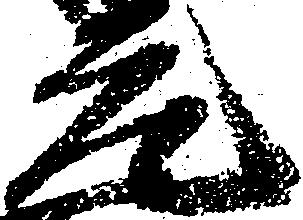
元